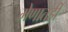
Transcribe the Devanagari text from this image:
मेणातही